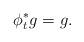
LaTeX: \begin{align*}\phi_{t}^{\ast} g = g.\end{align*}